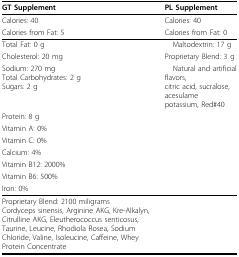
<table><thead><tr><td><b>GT Supplement</b></td><td><b>PL Supplement</b></td></tr></thead><tbody><tr><td>Calories: 40</td><td>Calories: 40</td></tr><tr><td>Calories from Fat: 5</td><td>Calories from Fat: 0</td></tr><tr><td>Total Fat: 0 g</td><td> Maltodextrin: 17 g</td></tr><tr><td>Cholesterol: 20 mg</td><td>Proprietary Blend: 3 g</td></tr><tr><td>Sodium: 270 mgTotal Carbohydrates: 2 gSugars: 2 g</td><td> Natural and artificial flavors,citric acid, sucralose, acesulamepotassium, Red#40</td></tr><tr><td>Protein: 8 g</td><td></td></tr><tr><td>Vitamin A: 0%</td><td></td></tr><tr><td>Vitamin C: 0%</td><td></td></tr><tr><td>Calcium: 4%</td><td></td></tr><tr><td>Vitamin B12: 2000%</td><td></td></tr><tr><td>Vitamin B6: 500%</td><td></td></tr><tr><td>Iron: 0%</td><td></td></tr><tr><td>Proprietary Blend: 2100 miligramsCordyceps sinensis, Arginine AKG, Kre-Alkalyn, Citrulline AKG, Eleutherococcus senticosus, Taurine, Leucine, Rhodiola Rosea, Sodium Chloride, Valine, Isoleucine, Caffeine, Whey Protein Concentrate</td><td></td></tr></tbody></table>